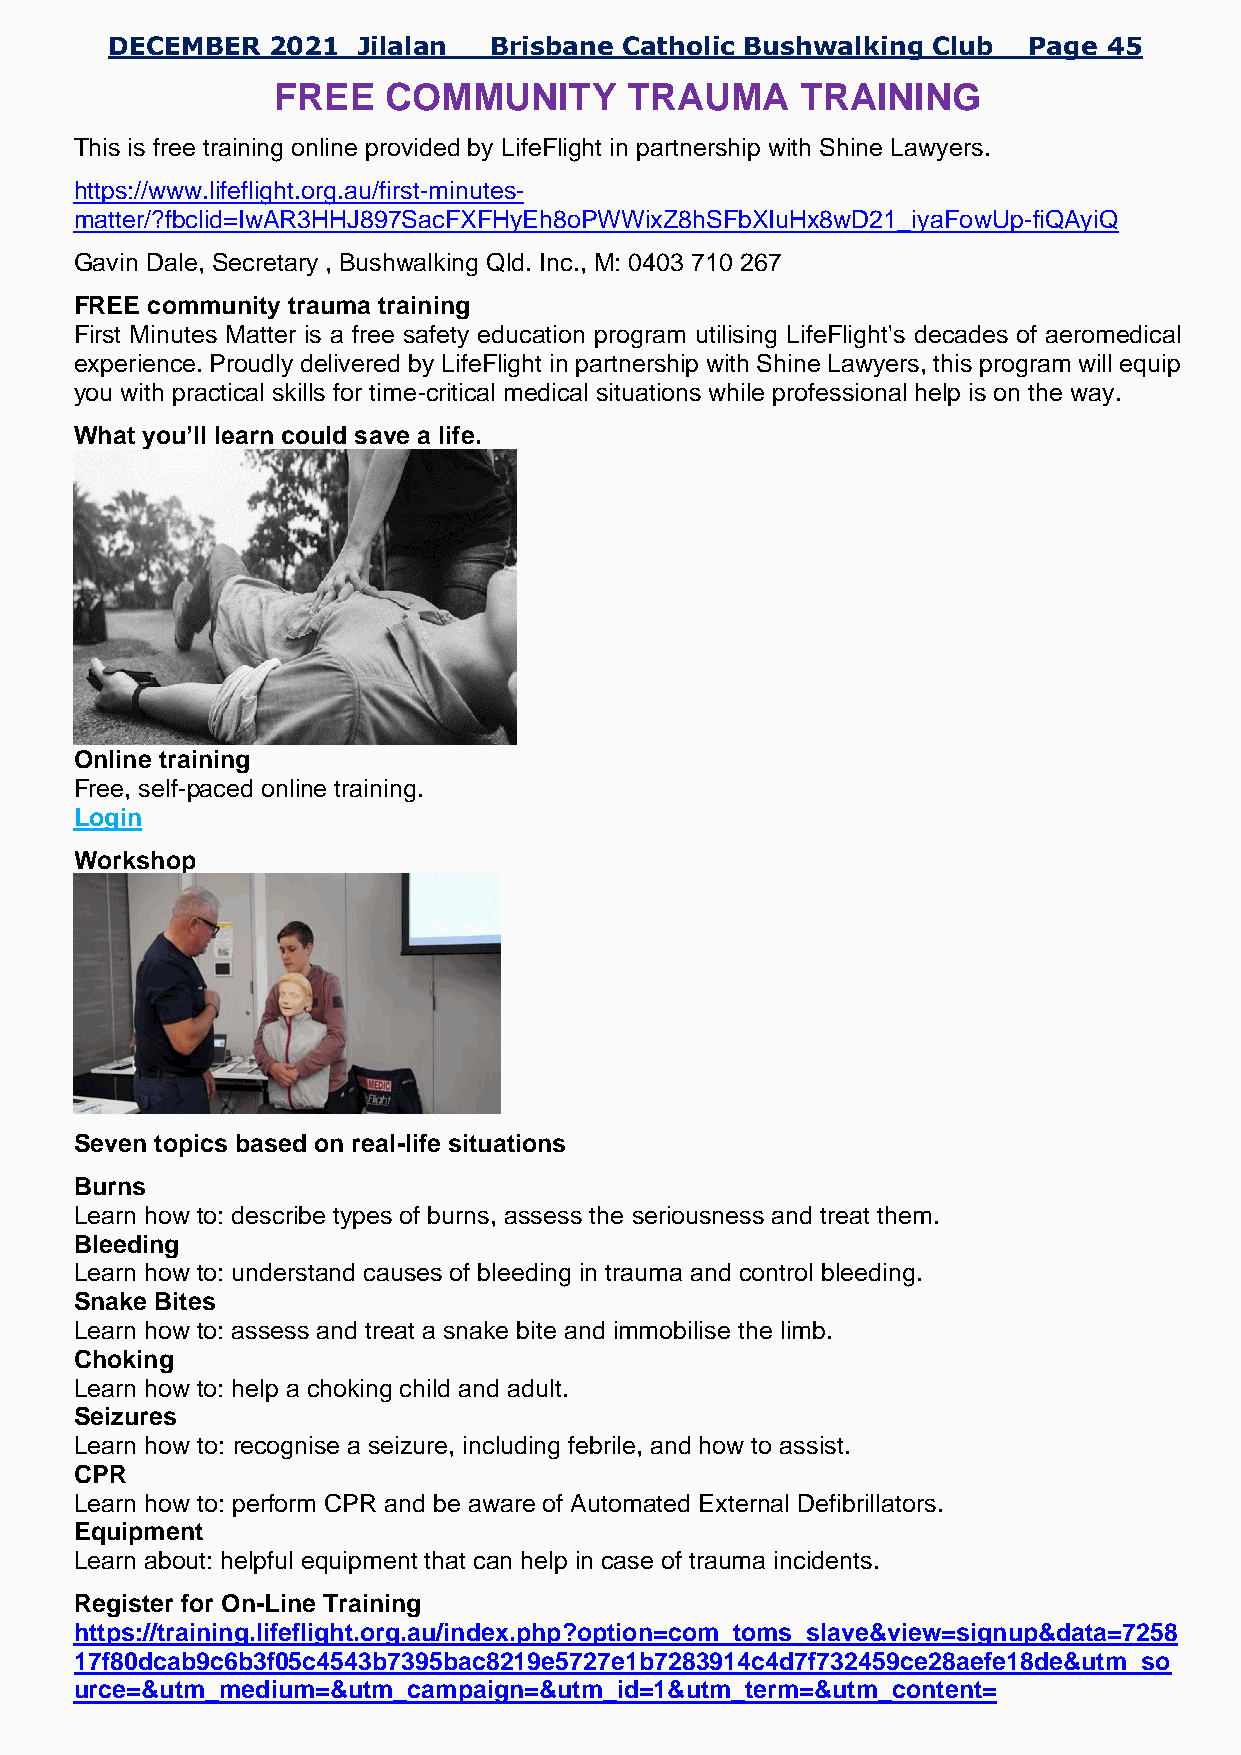
DECEMBER   2021  Jilalan Brisbane Catholic Bushwalking Club  Page 45
 FREE   COMMUNITY       TRAUMA      TRAINING
 This is free training online provided by LifeFlight in partnership with Shine Lawyers.
 https://www.lifeflight.org.au/first-minutes-
 matter/?fbclid=IwAR3HHJ897SacFXFHyEh8oPWWixZ8hSFbXIuHx8wD21_iyaFowUp-fiQAyiQ
 Gavin Dale, Secretary , Bushwalking Qld. Inc., M: 0403 710 267
 FREE community trauma training
 First Minutes Matter is a free safety education program utilising LifeFlight's decades of aeromedical
 experience. Proudly delivered by LifeFlight in partnership with Shine Lawyers, this program will equip
 you with practical skills for time-critical medical situations while professional help is on the way.
 What you’ll learn could save a life.
 Online training
 Free, self-paced online training.
 Login
 Workshop
 Seven topics based on real-life situations
 Burns
 Burns
 Learn how to: describe types of burns, assess the seriousness and treat them.
 Bleeding
 Learn how to: understand causes of bleeding in trauma and control bleeding.
 Snake Bites
 Learn how to: assess and treat a snake bite and immobilise the limb.
 Choking
 Learn how to: help a choking child and adult.
 Seizures
 Learn how to: recognise a seizure, including febrile, and how to assist.
 CPR
 Learn how to: perform CPR and be aware of Automated External Defibrillators.
 Equipment
 Learn about: helpful equipment that can help in case of trauma incidents.
 Register for On-Line Training
 https://training.lifeflight.org.au/index.php?option=com_toms_slave&view=signup&data=7258
 17f80dcab9c6b3f05c4543b7395bac8219e5727e1b7283914c4d7f732459ce28aefe18de&utm_so
 urce=&utm_medium=&utm_campaign=&utm_id=1&utm_term=&utm_content=